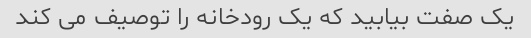
یک صفت بیابید که یک رودخانه را توصیف می کند